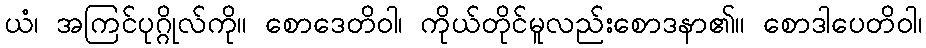
ယံ၊ အကြင်ပုဂ္ဂိုလ်ကို။ စောဒေတိဝါ၊ ကိုယ်တိုင်မူလည်းစောဒနာ၏။ စောဒါပေတိဝါ၊